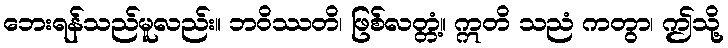
ဘေးရန်သည်မူလည်း။ ဘဝိဿတိ၊ ဖြစ်လတ္တံ့။ ဣတိ သညံ ကတွာ၊ ဤသို့